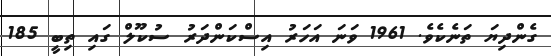
ގެންދިޔަ ތަނެކެވެ. 1961 ވަނަ އަހަރު އިސްކަންދަރު ސުކޫލް ގައި ތިބީ 185